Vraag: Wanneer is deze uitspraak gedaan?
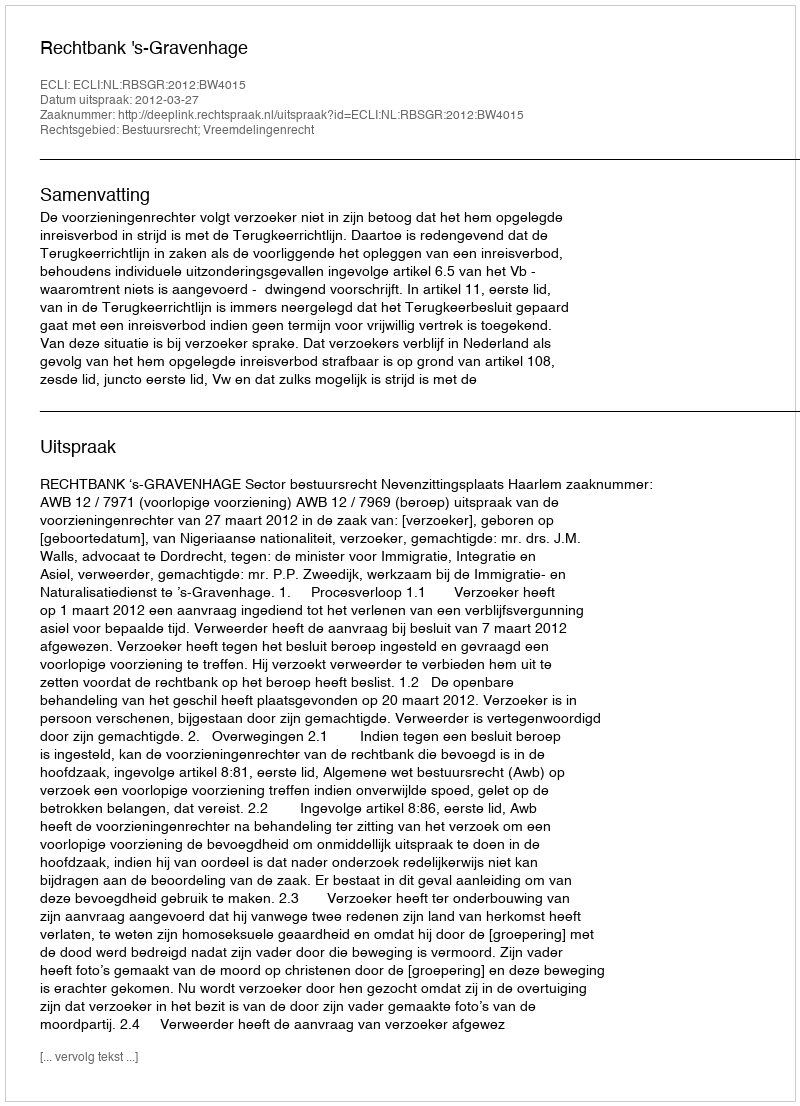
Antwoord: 2012-03-27